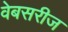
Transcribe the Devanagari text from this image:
वेबसरीज